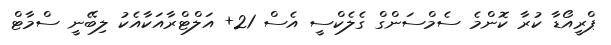
ޕްރީއޯޑާ ކުރާ ކޮންމެ ސެމްސަންގް ގެލެކްސީ އެސް 21+ އަލްޓްރާއަކާއެކު ލިބޭނީ ސްމާޓް